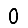
Digit: 0